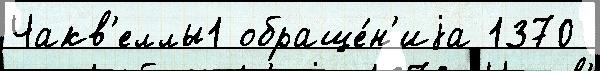
Чакв'еллы1 обраще́н'иjа 1370